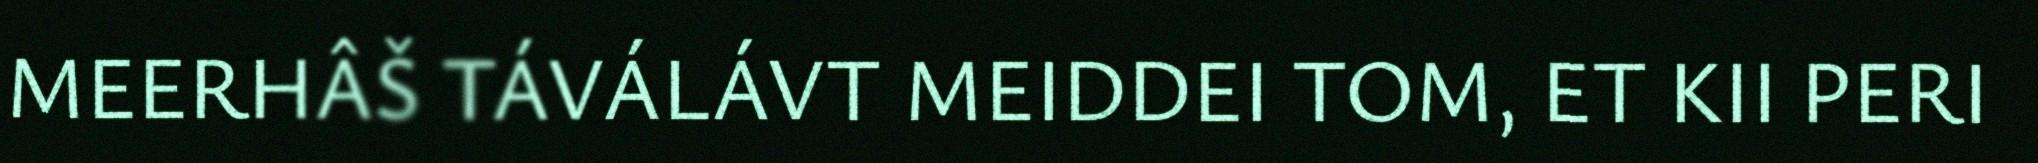
MEERHÂŠ TÁVÁLÁVT MEIDDEI TOM, ET KII PERI